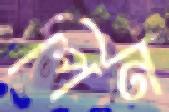
পিন